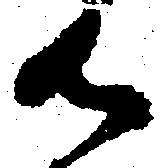
御